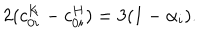
LaTeX: 2 ( c _ { 0 i } ^ { K } - c _ { 0 i } ^ { H } ) = 3 ( 1 - \alpha _ { i } ) .